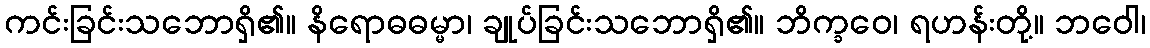
ကင်းခြင်းသဘောရှိ၏။ နိရောဓဓမ္မာ၊ ချုပ်ခြင်းသဘောရှိ၏။ ဘိက္ခဝေ၊ ရဟန်းတို့။ ဘဝေါ၊